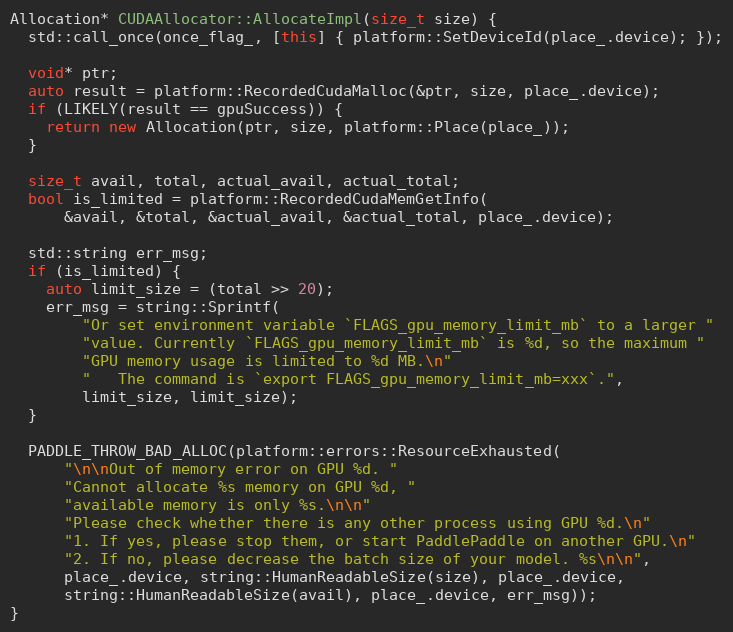
Language: C++
Allocation* CUDAAllocator::AllocateImpl(size_t size) {
  std::call_once(once_flag_, [this] { platform::SetDeviceId(place_.device); });

  void* ptr;
  auto result = platform::RecordedCudaMalloc(&ptr, size, place_.device);
  if (LIKELY(result == gpuSuccess)) {
    return new Allocation(ptr, size, platform::Place(place_));
  }

  size_t avail, total, actual_avail, actual_total;
  bool is_limited = platform::RecordedCudaMemGetInfo(
      &avail, &total, &actual_avail, &actual_total, place_.device);

  std::string err_msg;
  if (is_limited) {
    auto limit_size = (total >> 20);
    err_msg = string::Sprintf(
        "Or set environment variable `FLAGS_gpu_memory_limit_mb` to a larger "
        "value. Currently `FLAGS_gpu_memory_limit_mb` is %d, so the maximum "
        "GPU memory usage is limited to %d MB.\n"
        "   The command is `export FLAGS_gpu_memory_limit_mb=xxx`.",
        limit_size, limit_size);
  }

  PADDLE_THROW_BAD_ALLOC(platform::errors::ResourceExhausted(
      "\n\nOut of memory error on GPU %d. "
      "Cannot allocate %s memory on GPU %d, "
      "available memory is only %s.\n\n"
      "Please check whether there is any other process using GPU %d.\n"
      "1. If yes, please stop them, or start PaddlePaddle on another GPU.\n"
      "2. If no, please decrease the batch size of your model. %s\n\n",
      place_.device, string::HumanReadableSize(size), place_.device,
      string::HumanReadableSize(avail), place_.device, err_msg));
}